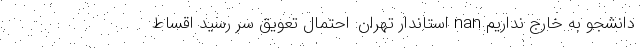
دانشجو به خارج نداریم nan استاندار تهران: احتمال تعویق سر رسید اقساط